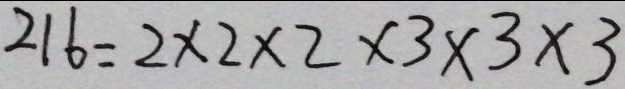
2 1 6 = 2 \times 2 \times 2 \times 3 \times 3 \times 3